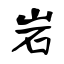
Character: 岩